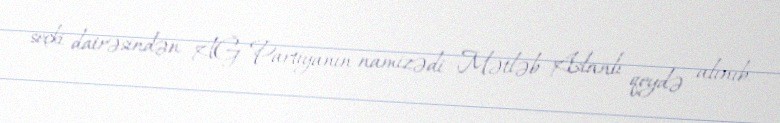
seçki dairəsindən AĞ Partiyanın namizədi Mətləb Aslanlı qeydə alınıb.